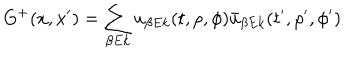
LaTeX: G ^ { + } ( x , x ^ { \prime } ) = \sum _ { \beta E k } u _ { \beta E k } ( t , \rho , \phi ) \bar { u } _ { \beta E k } ( t ^ { \prime } , \rho ^ { \prime } , \phi ^ { \prime } )